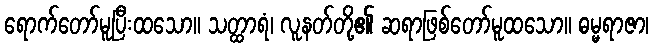
ရောက်တော်မူပြီးထသော။ သတ္ထာရံ၊ လူနတ်တို့၏ ဆရာဖြစ်တော်မူထသော။ ဓမ္မရာဇာ၊